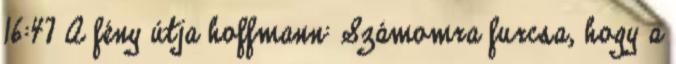
16:47 A fény útja hoffmann: Számomra furcsa, hogy a